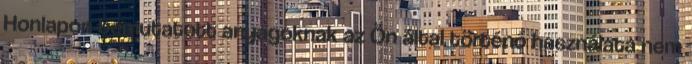
Honlapon bemutatott anyagoknak az Ön által történő használata nem